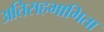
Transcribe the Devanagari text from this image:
अतिसहभागिता